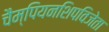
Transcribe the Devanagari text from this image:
चैम्पियनशिपविजेता